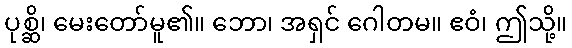
ပုစ္ဆိ၊ မေးတော်မူ၏။ ဘော၊ အရှင် ဂေါတမ။ ဧဝံ၊ ဤသို့။